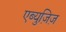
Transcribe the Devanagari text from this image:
एब्युज़िज़